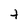
Character: t